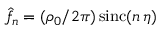
\hat { f } _ { n } = ( \rho _ { 0 } / 2 \pi ) \, \mathrm { s i n c } ( n \, \eta )